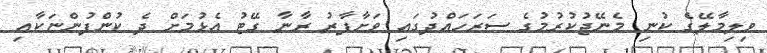
ވިލިމާލޭގެ ކުނި މެނޭޖުކުރުމުގެ ސަރަހައްދުގައި ވަށާފާރު ރާނާ ގޭޓު އެޅުމަށް ދެ ކުންފުންޏަކާއި